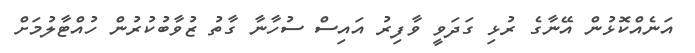
އަނެއްކޮޅުން އޭނާގެ ރުޅި ގަދަވީ ވާފިރު އައިސް ސުހާނާ ގާތު ޒުވާބުކުރުން ހުއްޓާލުމަށް